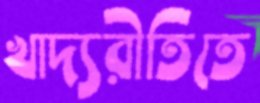
খাদ্যরীতিতে